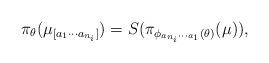
LaTeX: \begin{align*}\pi_{\theta}(\mu_{[a_1\cdots a_{n_i}]})= S(\pi_{\phi_{a_{n_i}\cdots a_1}(\theta)}(\mu)),\end{align*}